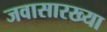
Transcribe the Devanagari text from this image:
जवासारख्या